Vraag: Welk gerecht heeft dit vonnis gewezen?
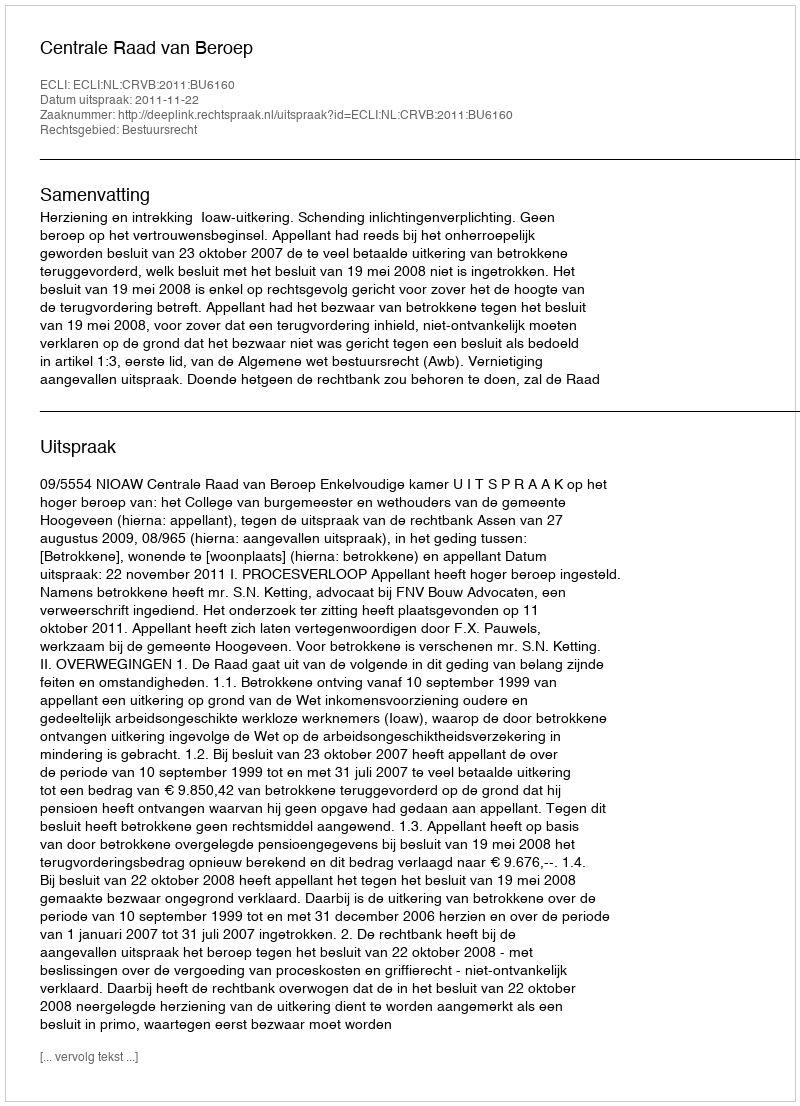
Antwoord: Centrale Raad van Beroep